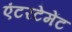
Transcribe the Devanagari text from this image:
एंटरटेमेंट